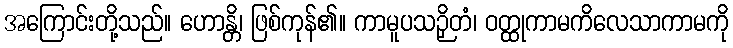
အကြောင်းတို့သည်။ ဟောန္တိ၊ ဖြစ်ကုန်၏။ ကာမူပသဉှိတံ၊ ဝတ္ထုကာမကိလေသာကာမကို